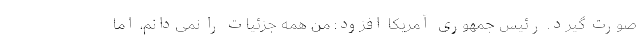
صورت گیرد. رئیس جمهوری آمریکا افزود: من همه جزئیات را نمی‌دانم، اما